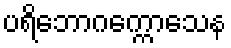
ပရိဘောဂက္ကောသေန